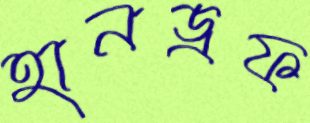
হানড্রফ